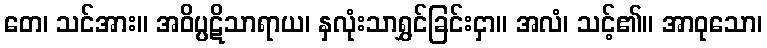
တေ၊ သင်အား။ အဝိပ္ပဋိသာရာယ၊ နှလုံးသာရွှင်ခြင်းငှာ။ အလံ၊ သင့်၏။ အာဝုသော၊